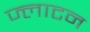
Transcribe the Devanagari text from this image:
ज्लाटन